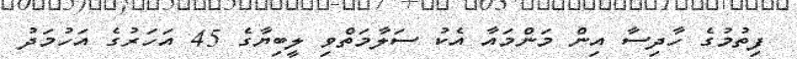
ފިތުމުގެ ހާދިސާ އިން މަންމައާ އެކު ސަލާމަތްވި ލީބިޔާގެ 45 އަހަރުގެ އަހުމަދު